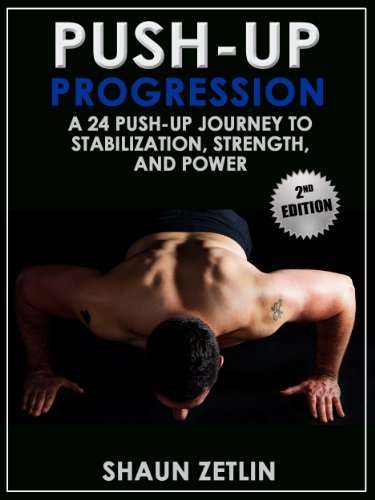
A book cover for Push-up Progression: A 24 Push-up Journey to Stabilization, Strength and Power; Shaun Zetlin; Health, Fitness & Dieting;